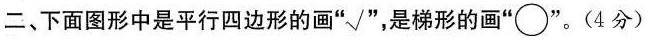
二、下面图形中是平行四边形的画”√”，是梯形的画“○” 。(4分)